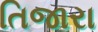
તિજારા